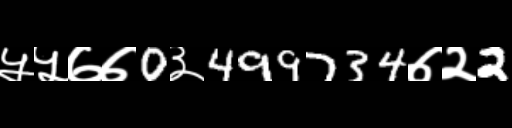
Text: ५५७७0३499734७२2